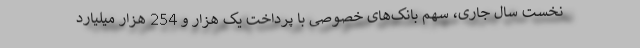
نخست سال جاری، سهم بانک‌های خصوصی با پرداخت یک هزار و 254 هزار میلیارد